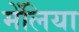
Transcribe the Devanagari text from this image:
मेंलिया